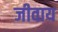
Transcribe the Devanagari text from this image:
जीवाय